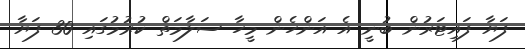
ފަޔާ ފައިޓަރުން ބުނީ އެ އަންހެން މީހާ ސަލާމަތް ކުރުމުގައި 30 ފަޔާ